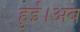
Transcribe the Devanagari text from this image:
हुई।अब